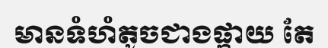
មានទំហំតូចជាងផ្កាយ តែ